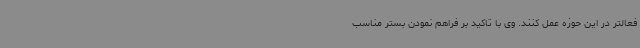
فعالتر در این حوزه عمل کنند. وی با تاکید بر فراهم نمودن بستر مناسب